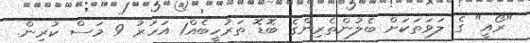
"ރޯއީ" ގެ ލަވަތަކަށް ބެލުންތެރިންގެ ބޮޑޮ ތަރުހީބެއް1 އަހަރު 9 މަސް ކުރިން.